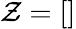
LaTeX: \mathcal{Z}=[]